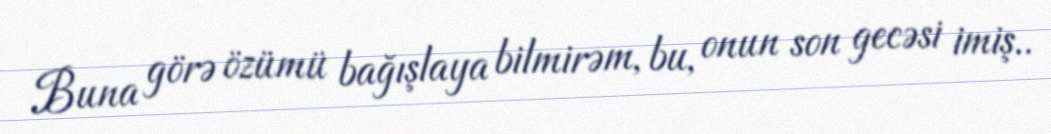
Buna görə özümü bağışlaya bilmirəm, bu, onun son gecəsi imiş..